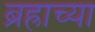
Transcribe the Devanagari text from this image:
ब्रह्राच्या